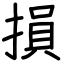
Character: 損